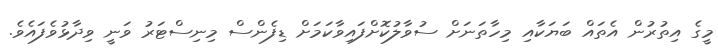
މީގެ އިތުރުން އެތައް ބަޔަކާއި މިހާތަނަށް ސުވާލުކޮށްފައިވާކަމަށް ޑިފެންސް މިނިސްޓަރު ވަނީ ވިދާޅުވެފައެވެ.